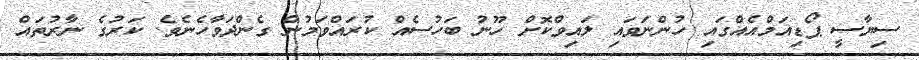
ސިޔާސީ ޕޯޑިއަމްއެއްގައި ހުންނަވައި ލައިވްކޮށް ހޫނު ބަހުސެއް ކުރައްވަމުން ގެންދަވާހެނެވެ. ކަރުގެ ނާރުތައް